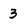
Character: 3